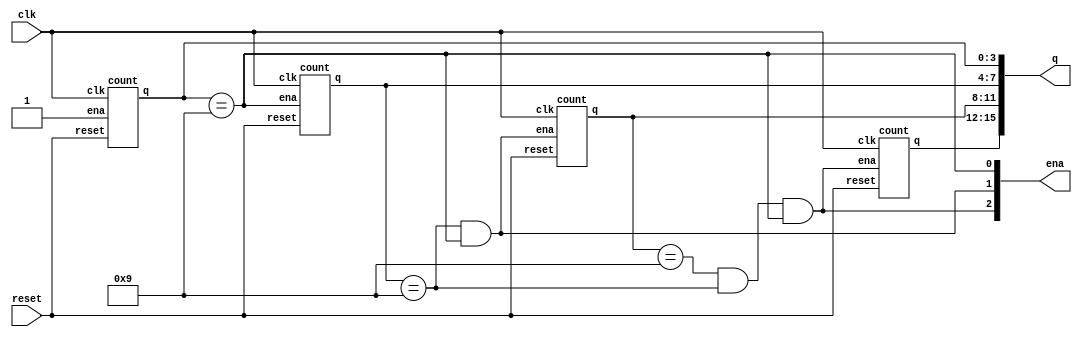
module top_module (
    input clk,
    input reset,   // Synchronous active-high reset
    output [3:1] ena,
    output [15:0] q);
    
    //one
    count Inst1_count
    (
        .clk(clk),
        .reset(reset),
        .ena(1'b1),
        .q(q[3:0])
    );
    
    //ten 
    count Inst2_count
    (
        .clk(clk),
        .reset(reset),
        .ena(q[3:0] == 4'd9),
        .q(q[7:4])
    );
    
    //hundred
    count Inst3_count
    (
        .clk(clk),
        .reset(reset),
        .ena(q[7:4] == 4'd9 && q[3:0] == 4'd9),
        .q(q[11:8])
    );
    
    //thousand
    count Inst4_count
    (
        .clk(clk),
        .reset(reset),
        .ena(q[11:8] == 4'd9 && q[7:4] == 4'd9 && q[3:0] == 4'd9),
        .q(q[15:12])
    );
    
    assign ena = {q[11:8] == 4'd9 && q[7:4] == 4'd9 && q[3:0] == 4'd9, q[7:4] == 4'd9 && q[3:0] == 4'd9, q[3:0] == 4'd9};

endmodule

module count
(
	input clk,
    input reset,
    input ena,
    output reg[3:0] q
);
    
    always @ (posedge clk)
        begin
            if(reset)
                q <= 4'b0;
            else if (ena)
                begin
                    if(q == 4'd9) 
                    	q <= 4'd0;
                    else
                        q <= q + 1'b1;
                end
        end

endmodule